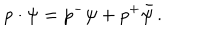
p \cdot \psi = p ^ { - } \psi + p ^ { + } \bar { \psi } \, .